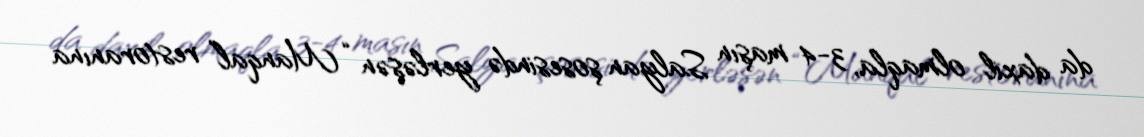
da daxil olmaqla, 3-4 maşın Salyan şosesində yerləşən “Manqal” restoranına